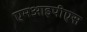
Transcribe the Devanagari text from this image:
एमआइपीएस